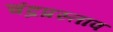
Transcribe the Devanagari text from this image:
चंद्रप्रस्ताव